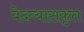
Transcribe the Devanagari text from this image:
वेदव्यासकृत